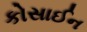
કોસાઈન